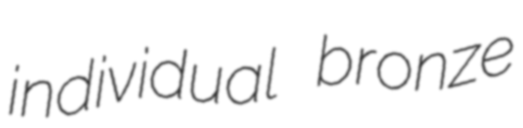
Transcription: individual bronze